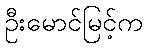
ဦးမောင်မြင့်က